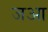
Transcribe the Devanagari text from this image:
जआ